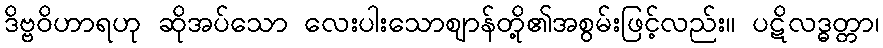
ဒိဗ္ဗဝိဟာရဟု ဆိုအပ်သော လေးပါးသောဈာန်တို့၏အစွမ်းဖြင့်လည်း။ ပဋိလဒ္ဓတ္တာ၊